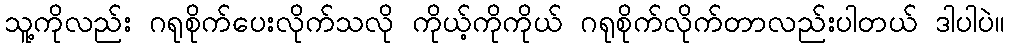
သူ့ကိုလည်း ဂရုစိုက်ပေးလိုက်သလို ကိုယ့်ကိုကိုယ် ဂရုစိုက်လိုက်တာလည်းပါတယ် ဒါပါပဲ။